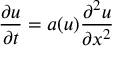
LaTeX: { \frac { \partial u } { \partial t } } = a ( u ) { \frac { \partial ^ { 2 } u } { \partial x ^ { 2 } } }